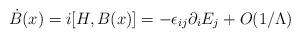
LaTeX: \begin{align*}\dot B(x)=i[H, B(x)] =-\epsilon_{ij}\partial_iE_j +O(1/\Lambda)\end{align*}